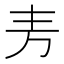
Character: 𫠤